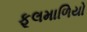
ફૂલમાળિયો